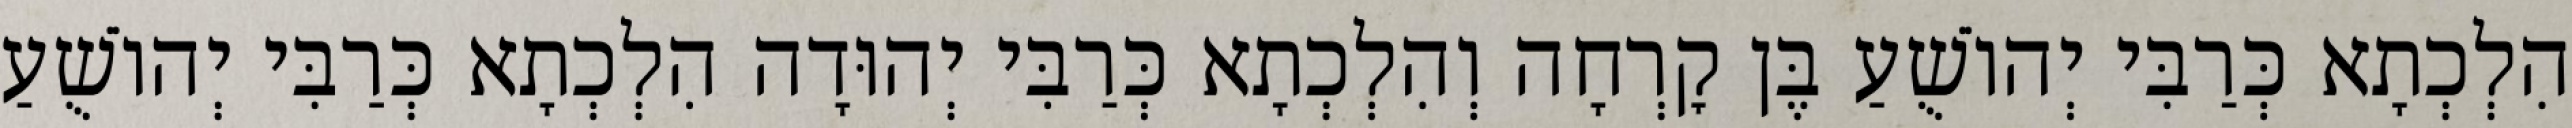
הִלְכְתָא כְּרַבִּי יְהוֹשֻׁעַ בֶּן קׇרְחָה וְהִלְכְתָא כְּרַבִּי יְהוּדָה הִלְכְתָא כְּרַבִּי יְהוֹשֻׁעַ